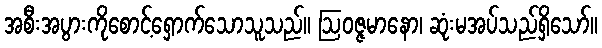
အစီးအပွားကိုစောင့်ရှောက်သောသူသည်။ ဩဝဇ္ဇမာနော၊ ဆုံးမအပ်သည်ရှိသော်။